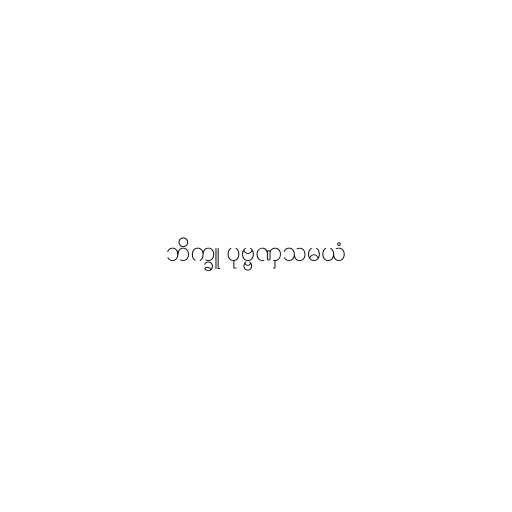
ဘိက္ခူ ပုဗ္ဗဏှသမယံ